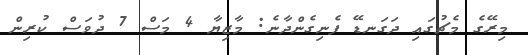
މިރޭގެ މެޗުގައި ދަގަނޑޭ ފެނިގެންދާނެ: މާޒިޔާ 4 މަސް 7 ދުވަސް ކުރިން